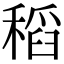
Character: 稻